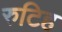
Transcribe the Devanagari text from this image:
रुटिह